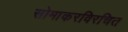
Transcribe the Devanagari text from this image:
सोमाकरविरचित